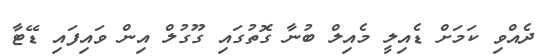
ދެއްވި ކަމަށް ޑެއިލީ މެއިލް ބުނާ ގޮތުގައި ގޫގުލް އިން ވައިފައި ޑޭޓާ